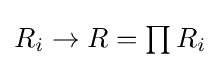
{\textstyle R_{i}\to R=\prod R_{i}}